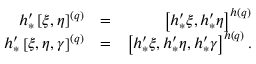
\begin{array} { r l r } { h _ { \ast } ^ { \prime } \left[ \xi , \eta \right] ^ { \left( q \right) } } & { = } & { \left[ h _ { \ast } ^ { \prime } \xi , h _ { \ast } ^ { \prime } \eta \right] ^ { h \left( q \right) } } \\ { h _ { \ast } ^ { \prime } \left[ \xi , \eta , \gamma \right] ^ { \left( q \right) } } & { = } & { \left[ h _ { \ast } ^ { \prime } \xi , h _ { \ast } ^ { \prime } \eta , h _ { \ast } ^ { \prime } \gamma \right] ^ { h \left( q \right) } . } \end{array}